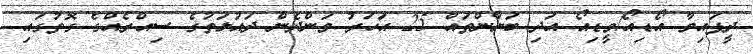
ދީފައިވާ އޯޑިއޯ/ވީޑިއޯ އަދި ބަޔާންތައް 25 އަހަރު ވަންދެން ދައުލަތުގެ ސިއްރެއްގެ ގޮތުގައި